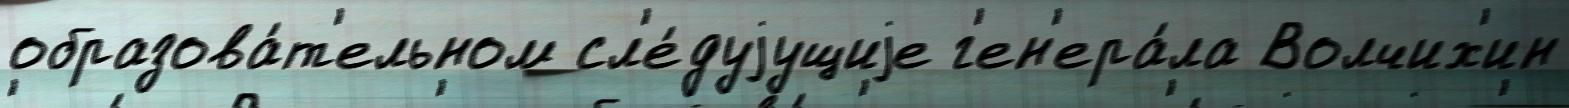
образова́т'ельном сл'е́дуjущиjе г'ен'ера́ла Волчих'ин